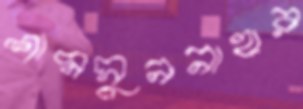
শামসুননাহার